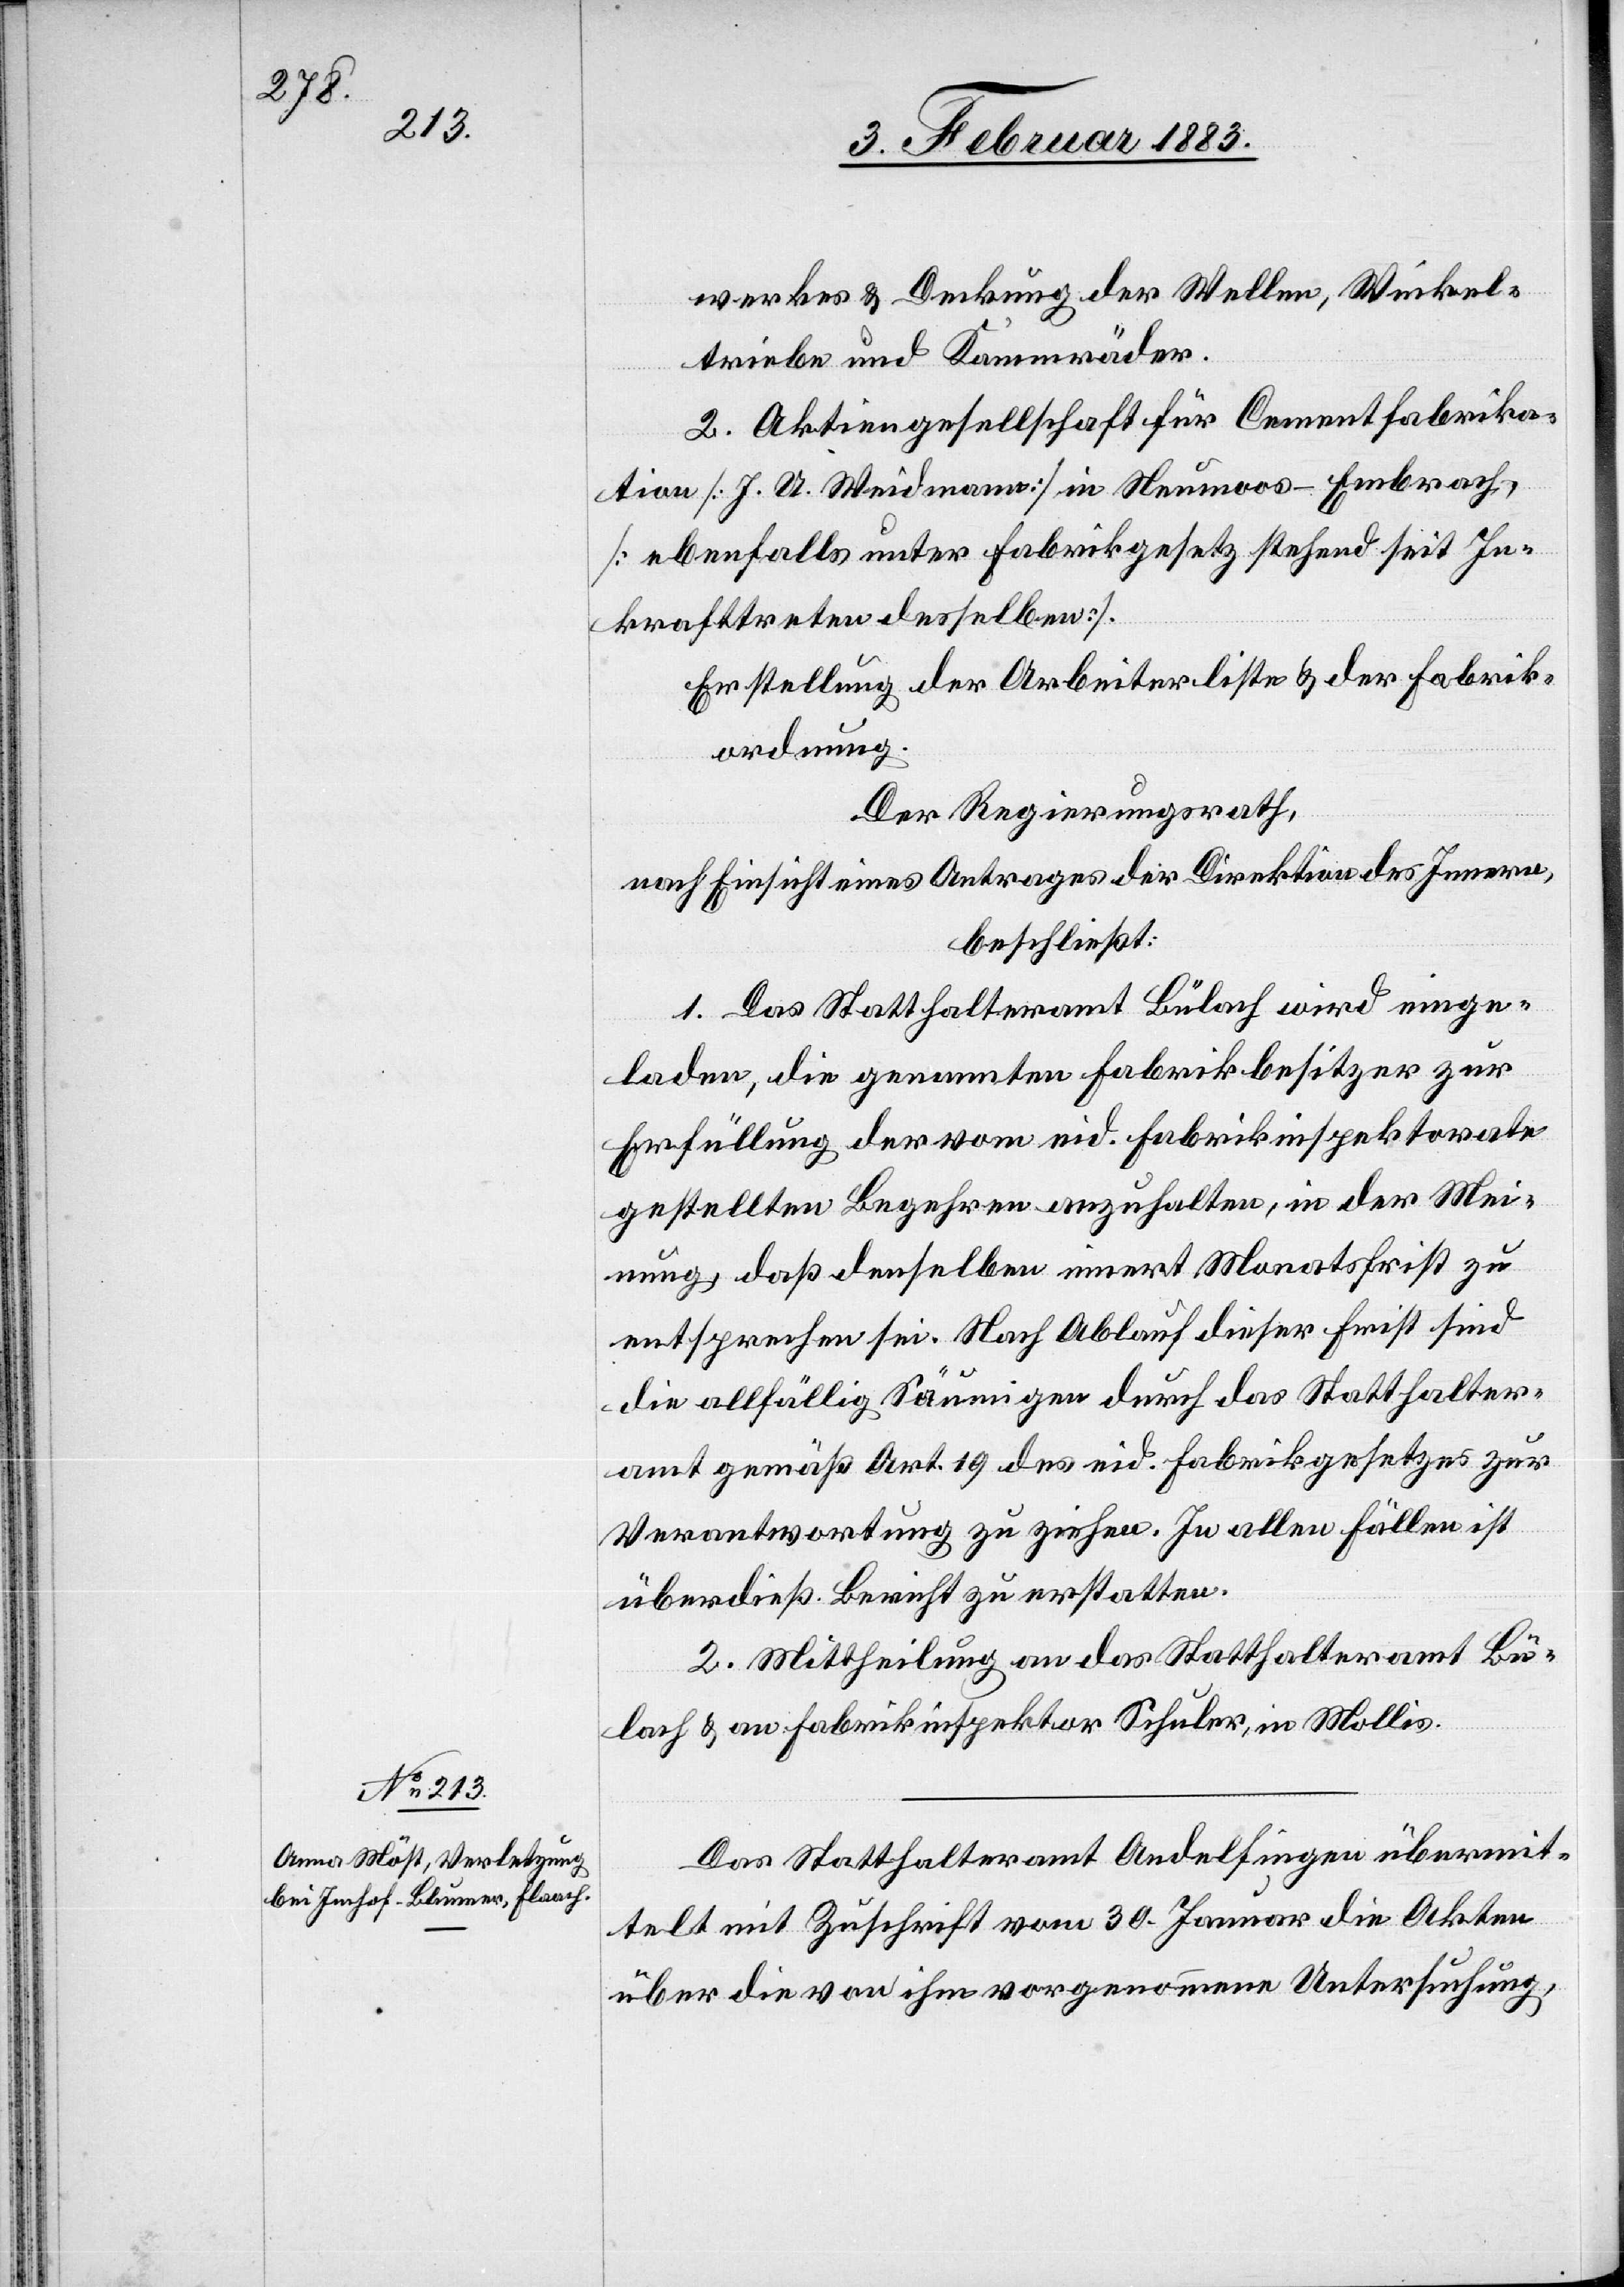
werkes & Deckung der Wellen, Winkel¬
triebe und Kammräder.
2. Aktiengesellschaft für Cementfabrika¬
tion [J. A. Weidmann] in Neumoos - Embrach,
[ebenfalls unter Fabrikgesetz stehend seit In¬
krafttreten desselben].
Erstellung der Arbeiterliste & der Fabrik¬
ordnung.
Der Regierungsrath,
nach Einsicht eines Antrages der Direktion des Innern,
beschließt:
1. Das Statthalteramt Bülach wird einge¬
laden, die genannten Fabrikbesitzer zur
Erfüllung der vom eid. Fabrikinspektorate
gestellten Begehren anzuhalten, in der Mei¬
nung, daß denselben innert Monatsfrist zu
entsprechen sei. Nach Ablauf dieser Frist sind
die allfällig Säumigen durch das Statthalter¬
amt gemäß Art. 19 des eid. Fabrikgesetzes zur
Verantwortung zu ziehen. In allen Fällen ist
überdieß Bericht zu erstatten.
2. Mittheilung an das Statthalteramt Bü¬
lach & an Fabrikinspektor Schuler, in Mollis.
Das Statthalteramt Andelfingen übermit¬
telt mit Zuschrift vom 30. Januar die Akten
über die von ihm vorgenommene Untersuchung,